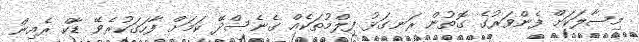
މިސާލަކަށް ފެންވަރުގެ ގޮތުން ރަނގަޅު ފިލްމުތަކެއް ގެނެސްދޭ ކަމަށް ފާހަގަކުރެވޭ ޑާކް ރެއިން